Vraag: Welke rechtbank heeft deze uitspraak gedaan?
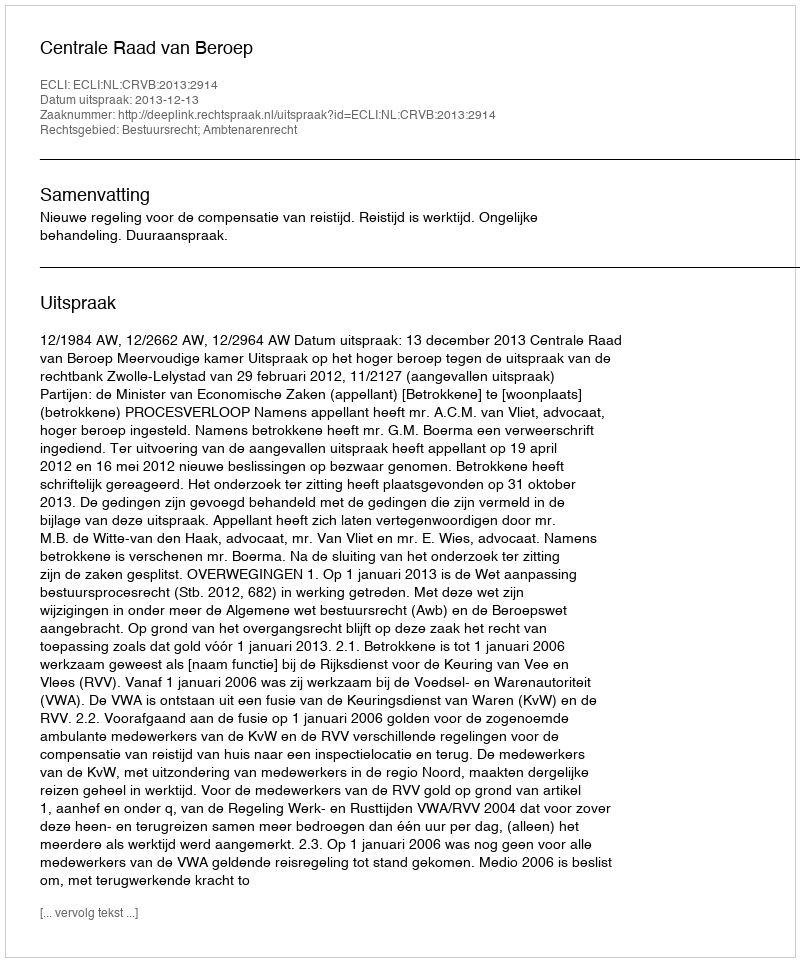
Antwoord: Centrale Raad van Beroep